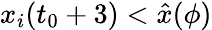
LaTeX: x_{i}(t_{0}+3)<\hat{x}(\phi)